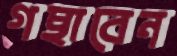
গছাবেন